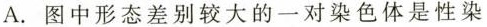
A.图中形态差别较大的一对染色体是性染